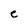
Character: e